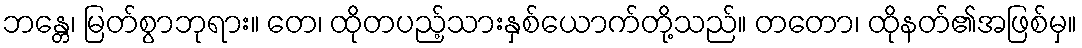
ဘန္တေ၊ မြတ်စွာဘုရား။ တေ၊ ထိုတပည့်သားနှစ်ယောက်တို့သည်။ တတော၊ ထိုနတ်၏အဖြစ်မှ။